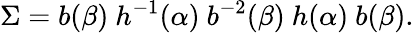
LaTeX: \Sigma=b(\beta)\ h^{-1}(\alpha)\ b^{-2}(\beta)\ h(\alpha)\ b(\beta).